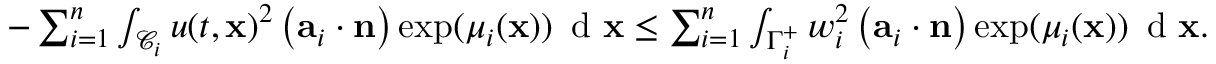
\begin{array} { r } { - \sum _ { i = 1 } ^ { n } \int _ { \mathcal { C } _ { i } } u ( t , \mathbf { x } ) ^ { 2 } \left( \mathbf { a } _ { i } \cdot \mathbf { n } \right) \exp ( \mu _ { i } ( \mathbf { x } ) ) \, \textup { d } \mathbf { x } \leq \sum _ { i = 1 } ^ { n } \int _ { \Gamma _ { i } ^ { + } } w _ { i } ^ { 2 } \left( \mathbf { a } _ { i } \cdot \mathbf { n } \right) \exp ( \mu _ { i } ( \mathbf { x } ) ) \, \textup { d } \mathbf { x } . } \end{array}